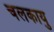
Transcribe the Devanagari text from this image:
चलकायु